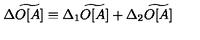
\Delta \widetilde { O [ A ] } \equiv \Delta _ { 1 } \widetilde { O [ A ] } + \Delta _ { 2 } \widetilde { O [ A ] }